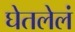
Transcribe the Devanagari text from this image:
घेतलेलं